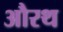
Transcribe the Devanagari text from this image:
औरथ